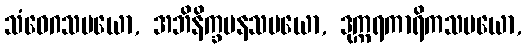
သံဝေဂသမယော, အဘိနိက္ခမနသမယော, ဒုက္ကရကာရိကသမယော,